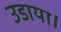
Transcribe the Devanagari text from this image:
उडाया।